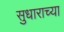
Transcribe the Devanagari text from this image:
सुधाराच्या